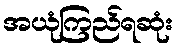
အယုံကြည်ရဆုံး